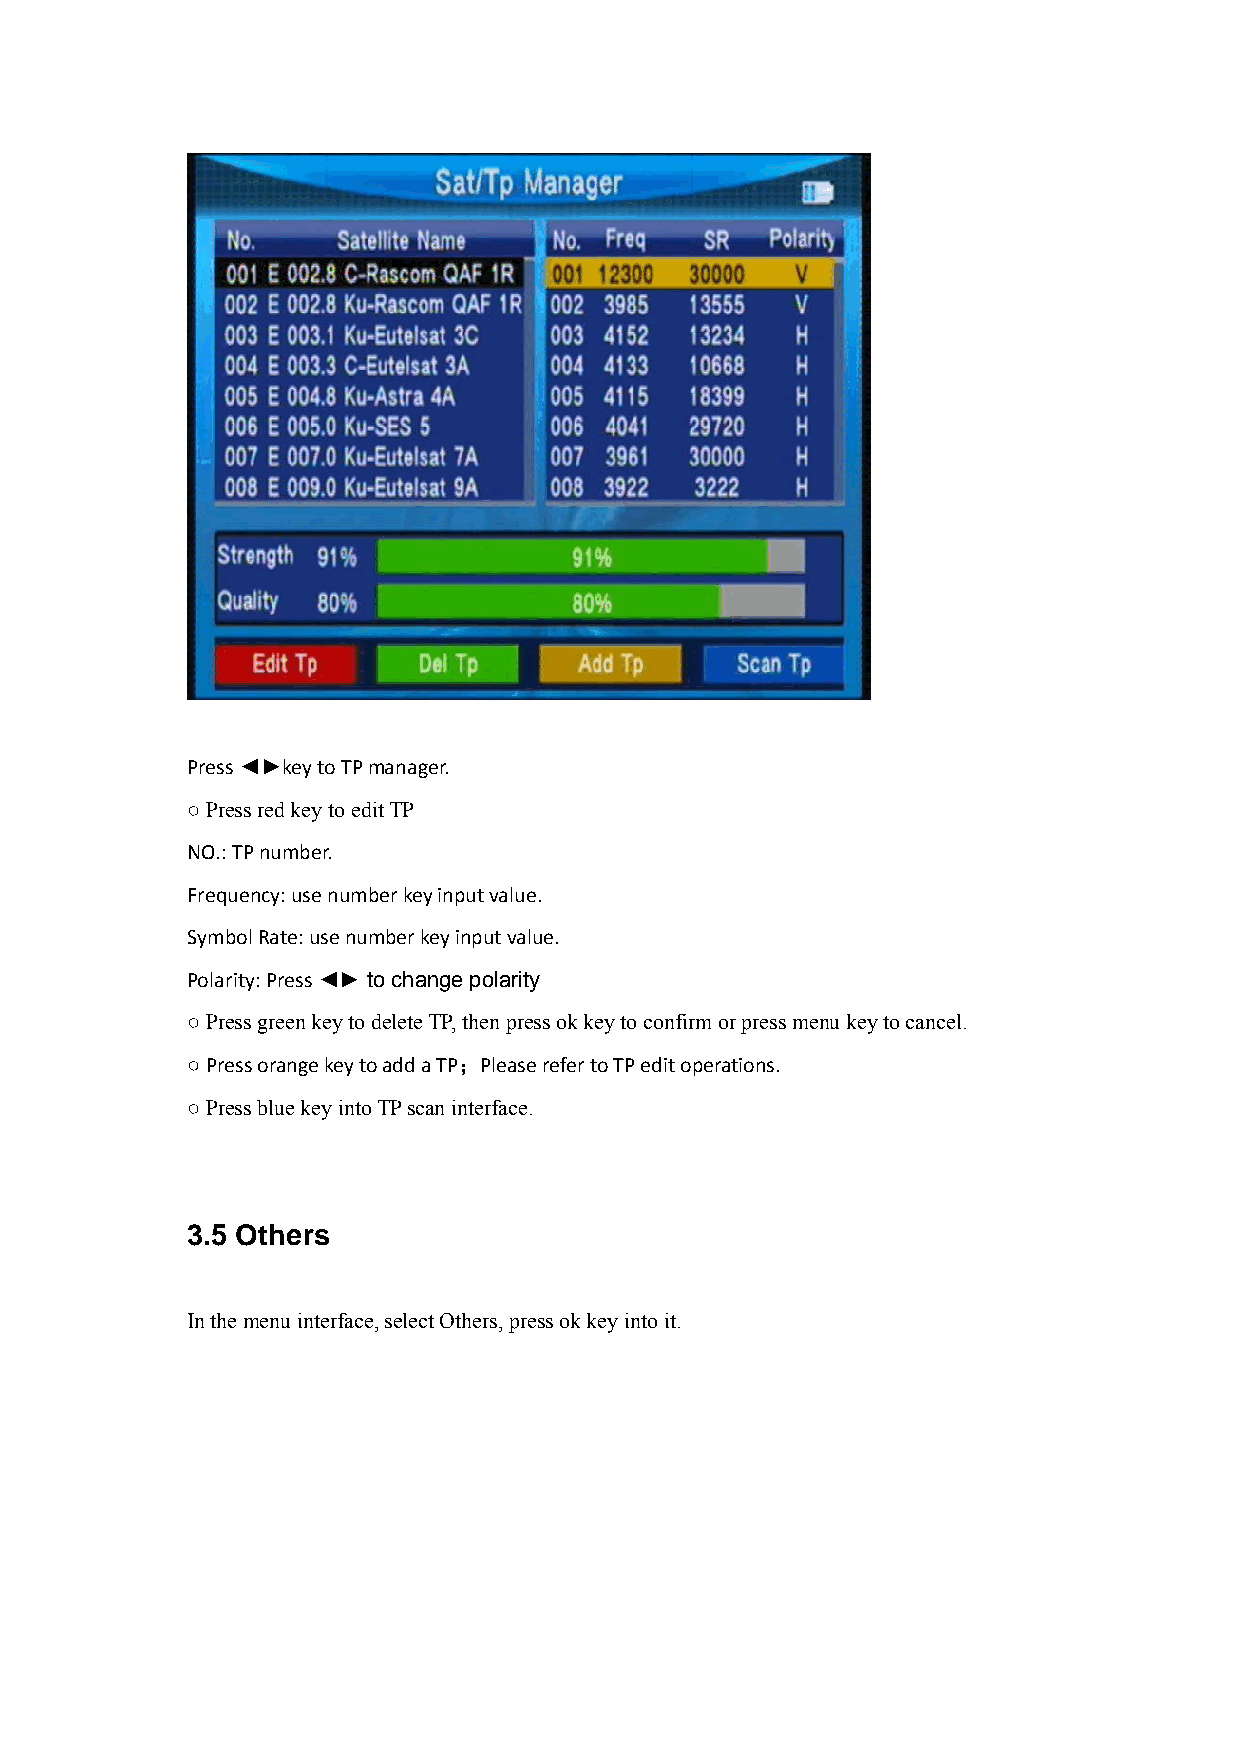
Press ◄►key to TP manager.
 ○ Press red key to edit TP
 NO.: TP number.
 Frequency: use number key input value.
 Symbol Rate: use number key input value.
 Polarity: Press ◄► to change polarity
 ○ Press green key to delete TP, then press ok key to confirm or press menu key to cancel.
 ○ Press orange key to add a TP；Please refer to TP edit operations.
 ○ Press blue key into TP scan interface.
 3.5 Others
 In the menu interface, select Others, press ok key into it.